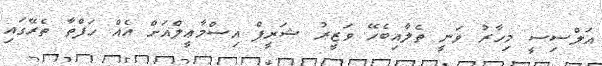
އަލްސިސީ މިހާރު ވަނީ ތެލާއިބެހޭ ވަޒީރު ޝަރީފް އިސްމާޢީލްއަށް އެއް ހަފްތާ ތެރޭގައި